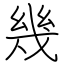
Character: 幾